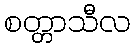
စတ္တာသီလ